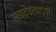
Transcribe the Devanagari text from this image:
सत्यदेवंतथाऽपरे।